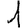
Digit: 1